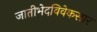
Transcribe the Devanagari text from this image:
जातीभेदविवेकसार